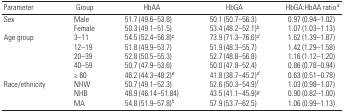
| Parameter | Group | HbAA | HbGA | HbGA:HbAA ratioa |
 | --- | --- | --- | --- | --- |
 | Sex | Male | 51.7 (49.6–53.8) | 50.1 (50.7–56.3) | 0.97 (0.94–1.02) |
 |  | Female | 50.3 (49.1–51.5) | 53.4 (48.2–52.1)b | 1.07 (1.03–1.13) |
 | Age group | 3–11 | 54.5 (52.4–56.8)c | 73.9 (71.3–76.6)d | 1.62 (1.39–1.87) |
 |  | 12–19 | 51.8 (49.9–53.7) | 51.9 (48.3–55.7) | 1.42 (1.29–1.58) |
 |  | 20–39 | 52.8 (50.5–55.3) | 52.7 (48.8–56.8) | 1.16 (1.12–1.20) |
 |  | 40–59 | 50.7 (47.9–53.6) | 50.0 (47.8–52.4) | 0.86 (0.78–0.94) |
 |  | ≥ 60 | 46.2 (44.3–48.2)e | 41.8 (38.7–45.2)d | 0.63 (0.51–0.78) |
 | Race/ethnicity | NHW | 50.7 (49.1–52.3) | 52.6 (50.3–54.9)f | 1.03 (0.98–1.07) |
 |  | NHB | 48.9 (46.14–51.84) | 43.5 (41.1–45.9)g | 0.90 (0.82–1.00) |
 |  | MA | 54.8 (51.9–57.8)h | 57.9 (53.7–62.5) | 1.06 (0.99–1.13) |